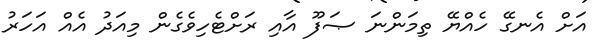
އަށް އެނގޭ ހެއްޔޭ ތިމަންނަ ޞަފޫ އާއި ރަށްޓެހިވެގެން މިއަދު އެއް އަހަރު